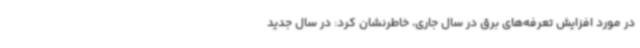
در مورد افزایش تعرفه‌های برق در سال جاری، خاطرنشان کرد: در سال جدید